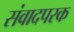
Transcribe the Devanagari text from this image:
संवादपरक